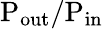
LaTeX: \mathrm{P_{out}/P_{in}}